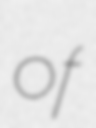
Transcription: of